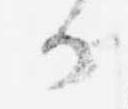
可